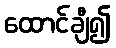
ထောင်ချီ၍